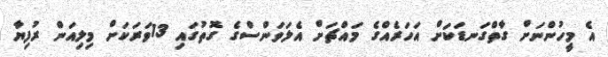
އެ މީހުންނަށް ގާތްގަނޑަކަށް އަހަރެއްގެ މައްޗަށް އެލަވަންސްގެ ގޮތުގައި 13ވަރަކަށް މިލިއަން ރުފިޔާ